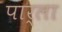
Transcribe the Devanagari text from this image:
पार्ला